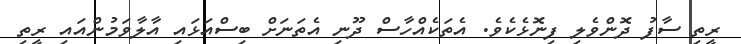
ރީތި ސާފު ދޮންވެލި ފިނޮޅެކެވެ. އެތަކެއްހާސް ދޫނި އެތަނަށް ބިސްއަޅައި އާލާވަމުންއައި ރީތި